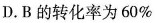
D.B的转化率为60％